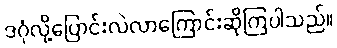
ဒဂုံလို့ပြောင်းလဲလာကြောင်းဆိုကြပါသည်။